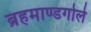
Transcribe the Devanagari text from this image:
ब्रहमाण्डगोले